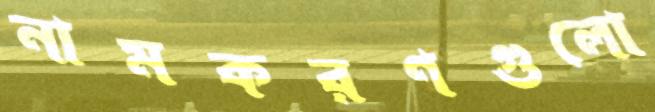
নামকরণগুলো